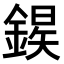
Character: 𫒱